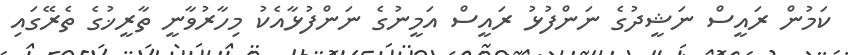
ކަމުން ރައީސް ނަޝީދުގެ ނަންފުޅު ރައީސް އަމީނުގެ ނަންފުޅާއެކު މިހާރުވާނީ ތާރީޚުގެ ތެރޭގައި